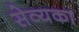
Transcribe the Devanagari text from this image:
सेव्यका